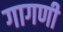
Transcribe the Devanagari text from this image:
गागणी